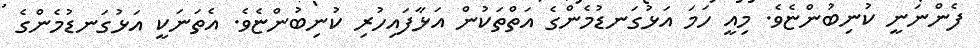
ފެންނަނީ ކުނިބުންޏެވެ. މިއީ ހަމަ އަޅުގަނޑުމެންގެ އަތްތަކުން އަޅާފައިހުރި ކުނިބުންޏެވެ. އެތަނަކީ އަޅުގަނޑުމެންގެ